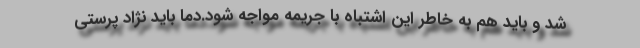
شد و باید هم به خاطر این اشتباه با جریمه مواجه شود.دما باید نژاد پرستی